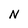
Character: N